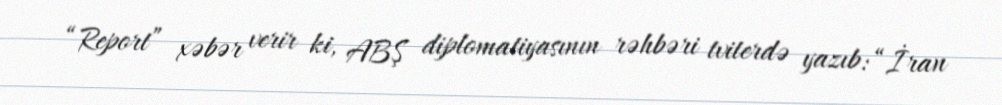
“Report” xəbər verir ki, ABŞ diplomatiyasının rəhbəri tviterdə yazıb: “İran